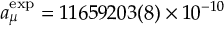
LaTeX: a _ { \mu } ^ { \mathrm { e x p } } = 1 1 6 5 9 2 0 3 ( 8 ) \times 1 0 ^ { - 1 0 }